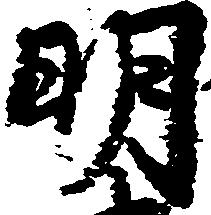
明